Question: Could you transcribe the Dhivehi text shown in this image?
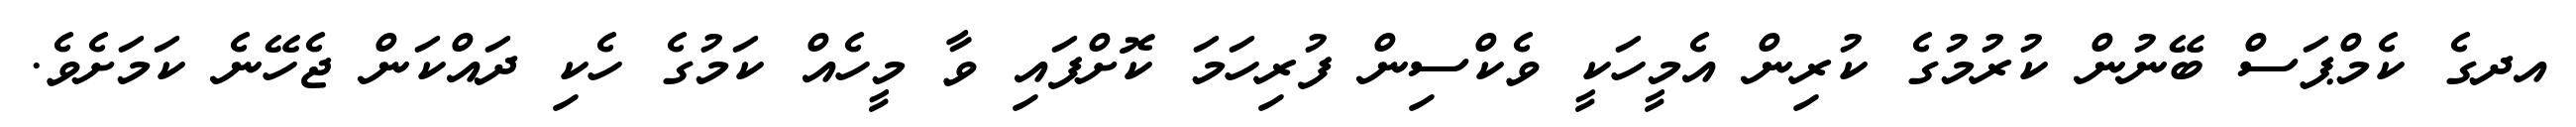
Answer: އދގެ ކެމްޕަސް ބޭނުން ކުރުމުގެ ކުރިން އެމީހަކީ ވެކްސިން ފުރިހަމަ ކޮށްފައި ވާ މީހެއް ކަމުގެ ހެކި ދައްކަން ޖެހޭނެ ކަމަށެވެ.